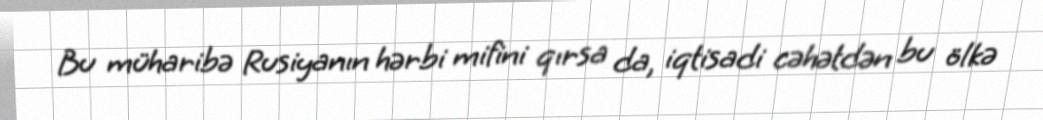
Bu müharibə Rusiyanın hərbi mifini qırsa da, iqtisadi cəhətdən bu ölkə